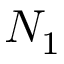
N _ { 1 }